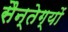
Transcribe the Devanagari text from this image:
सैन्तेग्यों